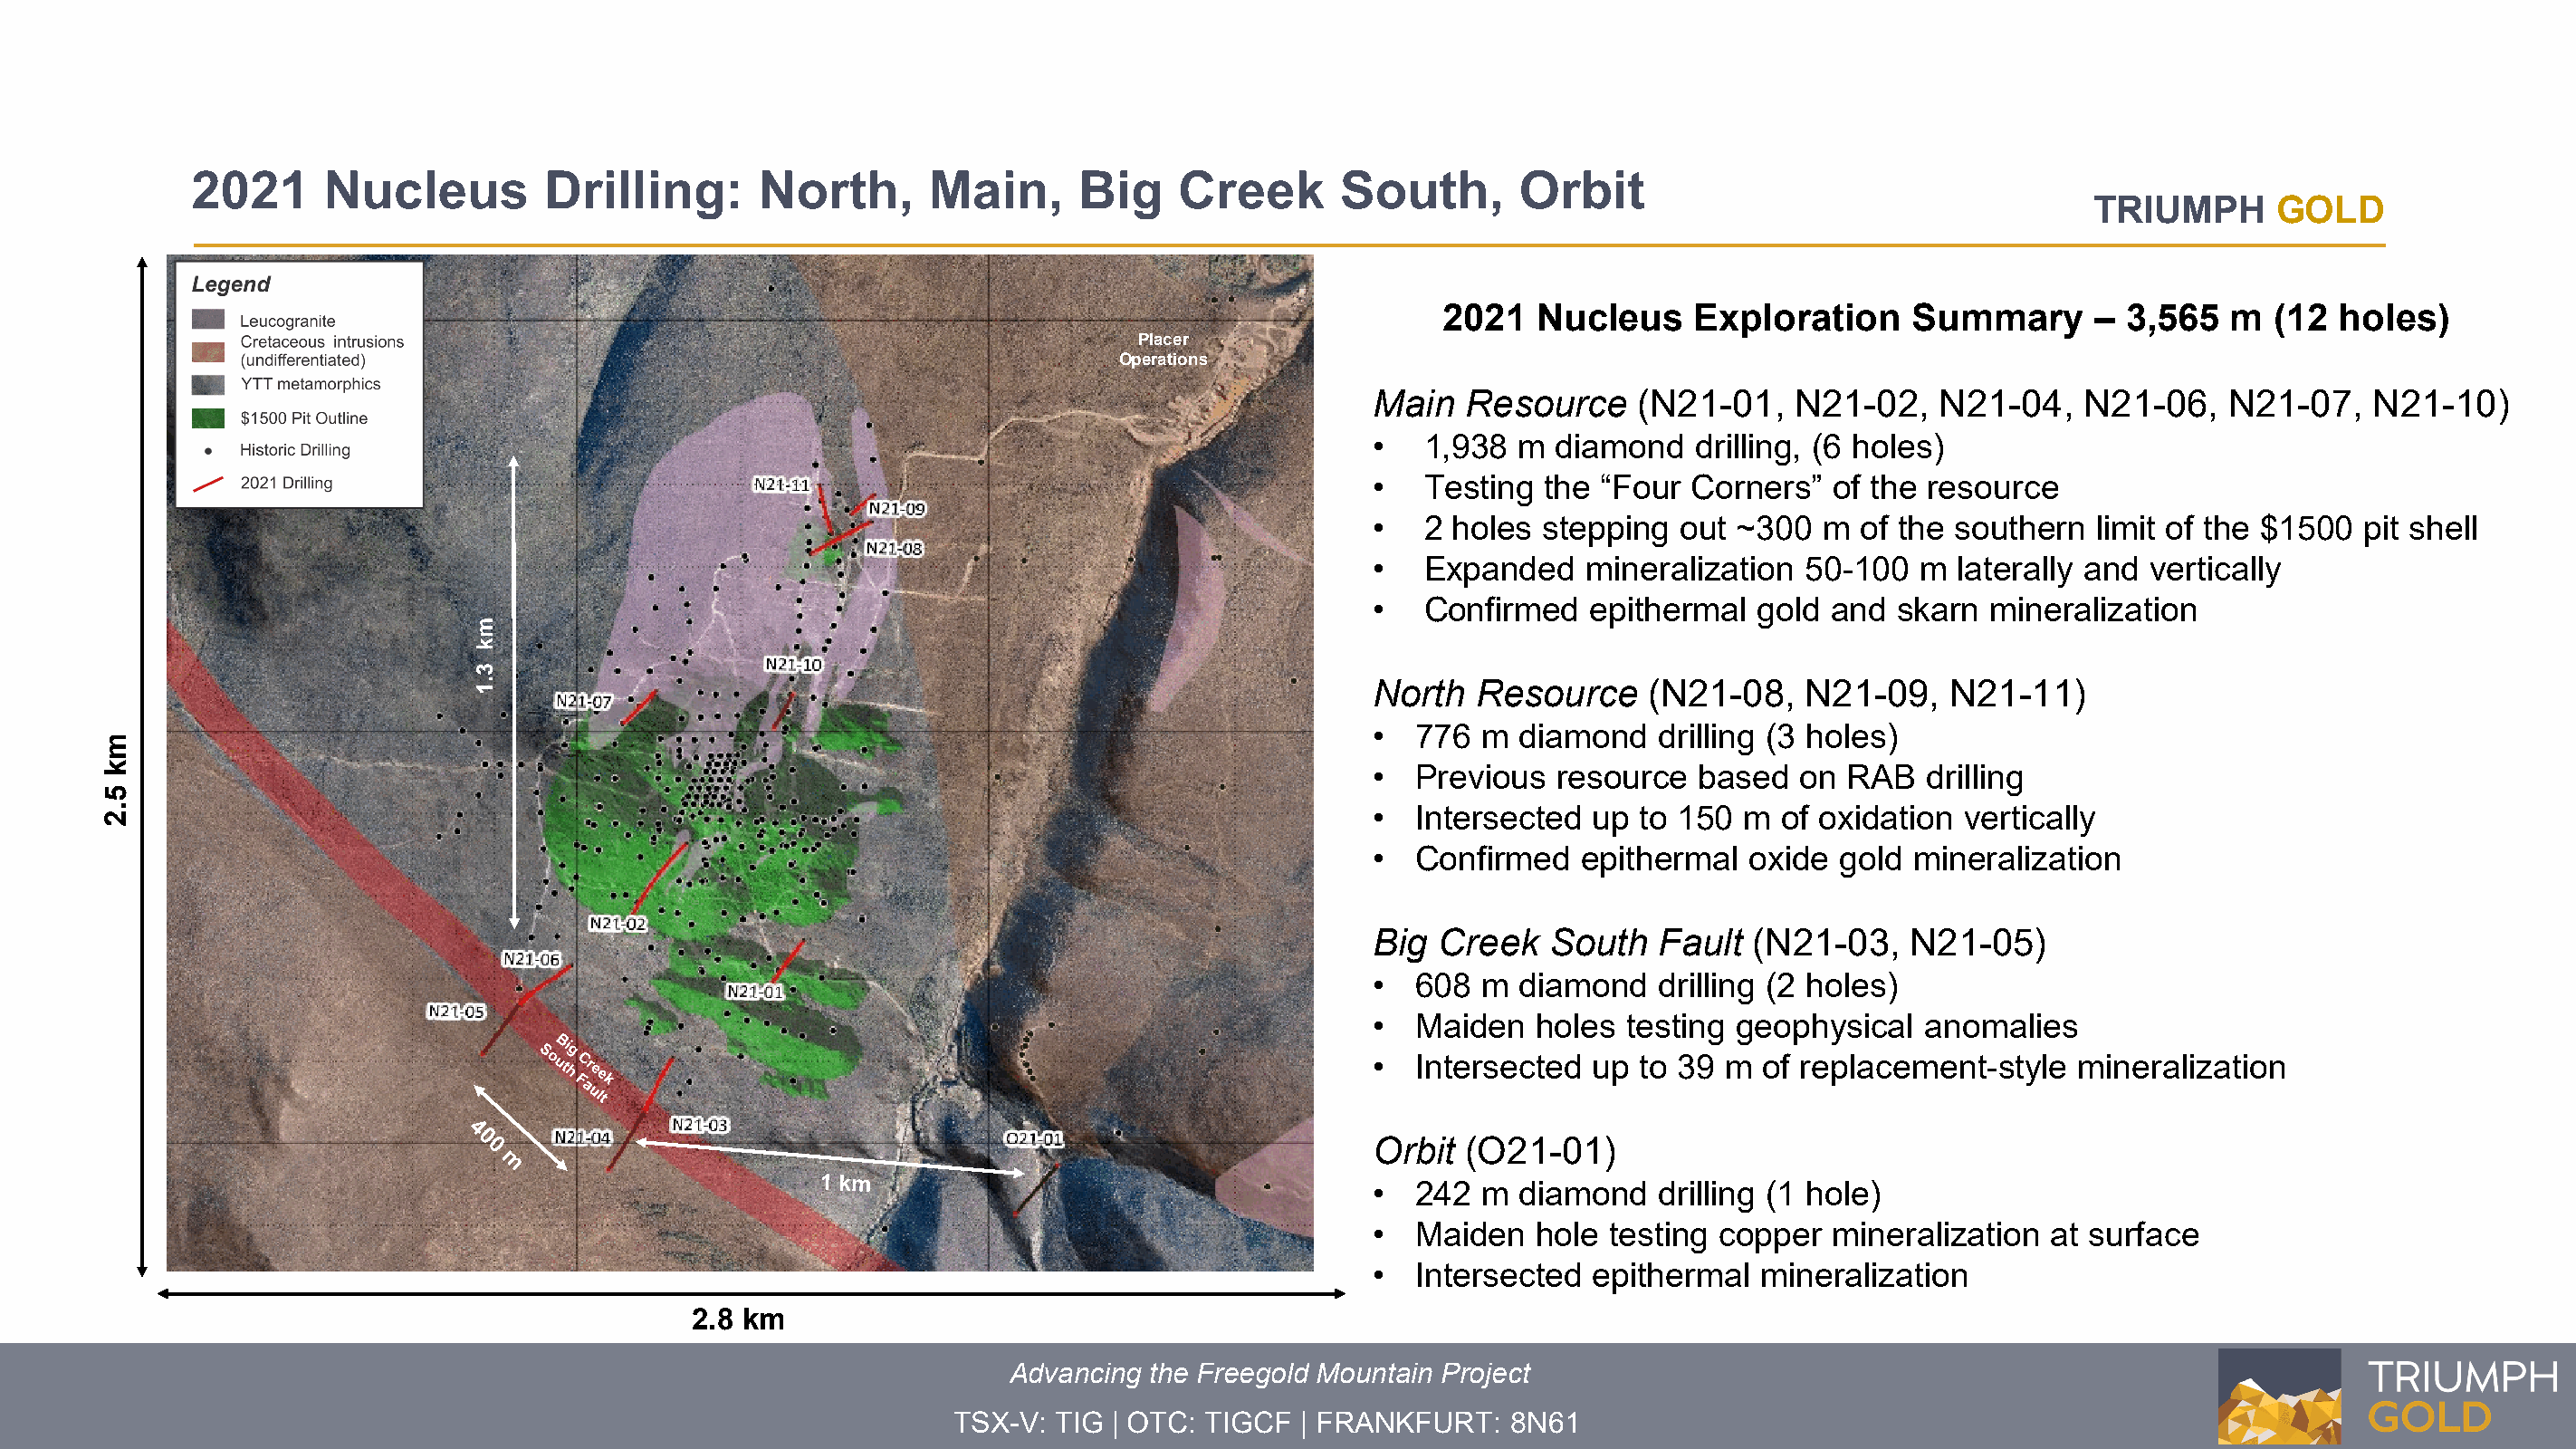
2021      Nucleus         Drilling:      North,       Main,      Big    Creek       South,       Orbit
 TRIUMPH      GOLD
 2021   Nucleus     Exploration     Summary      – 3,565   m  (12  holes)
 Placer                       N
 Operations
 Main   Resource     (N21-01,   N21-02,    N21-04,   N21-06,    N21-07,   N21-10)
 •   1,938  m  diamond   drilling, (6 holes)
 •   Testing  the “Four  Corners”  of the resource
 •   2 holes  stepping  out ~300  m  of the southern  limit of the $1500  pit shell
 •   Expanded    mineralization  50-100  m  laterally and vertically
 GRD09-135
 •   Confirmed   epithermal   gold and  skarn mineralization
 North   Resource    (N21-08,    N21-09,    N21-11)
 GRD08-099
 •  776  m  diamond   drilling (3 holes)
 •  Previous   resource  based   on RAB   drilling
 •  Intersected  up  to 150 m  of oxidation  vertically
 •  Confirmed    epithermal  oxide  gold mineralization
 Big  Creek   South   Fault  (N21-03,    N21-05)
 •  608  m  diamond   drilling (2 holes)
 •  Maiden   holes  testing geophysical   anomalies
 •  Intersected  up  to 39 m  of replacement-style   mineralization
 Orbit  (O21-01)
 •  242  m  diamond   drilling (1 hole)
 •  Maiden   hole  testing copper  mineralization  at surface
 •  Intersected  epithermal   mineralization
 2.8 km
 Advancing the Freegold Mountain Project
 TSX-V: TIG | OTC: TIGCF  | FRANKFURT:   8N61
 mk
 5.2
 mk
 3.1